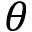
\boldsymbol \theta